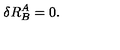
\delta R _ { B } ^ { A } = 0 .